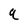
Character: q